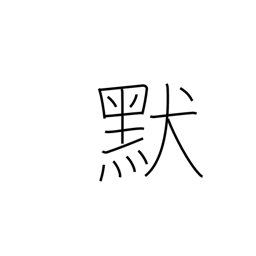
Meaning: silent